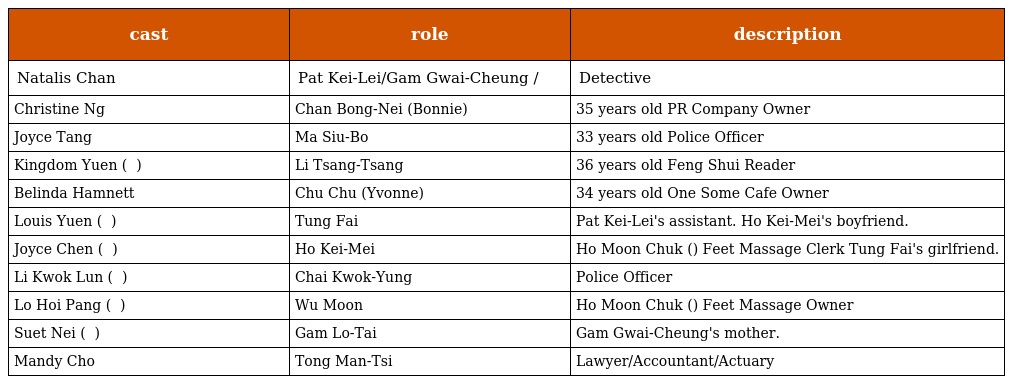
| cast | role | description |
 | --- | --- | --- |
 | Natalis Chan | Pat Kei-Lei/Gam Gwai-Cheung 畢奇理/金貴祥 | Detective |
 | Christine Ng | Chan Bong-Nei (Bonnie) 陳邦妮 | 35 years old PR Company Owner |
 | Joyce Tang | Ma Siu-Bo 馬小寶 | 33 years old Police Officer |
 | Kingdom Yuen ( 苑瓊丹 ) | Li Tsang-Tsang 李真真 | 36 years old Feng Shui Reader |
 | Belinda Hamnett | Chu Chu (Yvonne) 朱珠 | 34 years old One Some Cafe Owner |
 | Louis Yuen ( 阮兆祥 ) | Tung Fai 董輝 | Pat Kei-Lei's assistant. Ho Kei-Mei's boyfriend. |
 | Joyce Chen ( 陳彥行 ) | Ho Kei-Mei 何其美 | Ho Moon Chuk (好滿足) Feet Massage Clerk Tung Fai's girlfriend. |
 | Li Kwok Lun ( 李國麟 ) | Chai Kwok-Yung 柴國勇 | Police Officer |
 | Lo Hoi Pang ( 盧海鵬 ) | Wu Moon 胡滿 | Ho Moon Chuk (好滿足) Feet Massage Owner |
 | Suet Nei ( 雪妮 ) | Gam Lo-Tai 金老太 | Gam Gwai-Cheung's mother. |
 | Mandy Cho | Tong Man-Tsi 湯敏芝 | Lawyer/Accountant/Actuary |